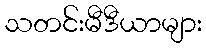
သတင်းမီဒီယာများ